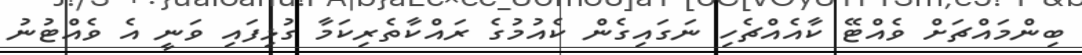
ބިންމައްޗަށް ވެއްޓޭ ކާއެއްޗެހި ނަގައިގެން ކެއުމުގެ ރައްކާތެރިކަމާ ގުޅިފައި ވަނީ އެ ވެއްޓުނު